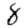
Digit: 8